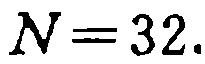
\(N = 32.\)